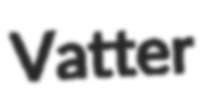
Vatter